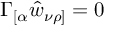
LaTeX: \Gamma _ { [ \alpha } \hat { w } _ { \nu \rho ] } = 0